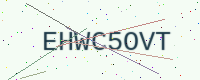
Text: EHWC5OVT